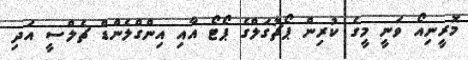
މޮރީނިއޯ ވަނީ މީގެ ކުރިން ޕޯޗުގަލްގެ ޕޯޓޯ އާއި އިންގްލެންޑް ޗެލްސީ އަދި